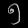
Digit: ၅